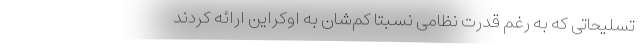
تسلیحاتی که به رغم قدرت نظامی نسبتاً کم‌شان به اوکراین ارائه کردند